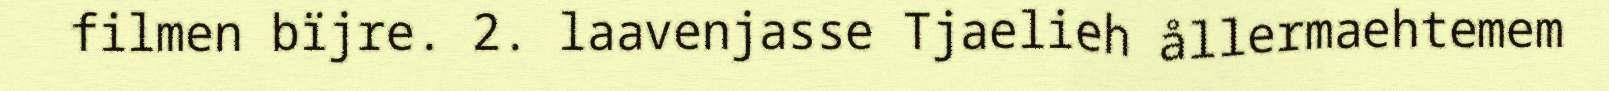
filmen bïjre. 2. laavenjasse Tjaelieh ållermaehtemem